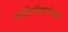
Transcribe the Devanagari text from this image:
संगीतदिग्दर्शनाची